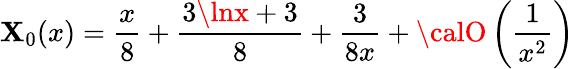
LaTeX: \mathbf{X}_{0}(x)=\frac{{x}}{{8}}+\frac{{3\lnx+3}}{{8}}+\frac{{3}}{{8x}}+{\calO}\left(\frac{{1}}{{x^{2}}}\right)